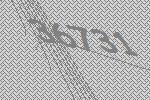
36731